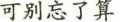
可别忘了算